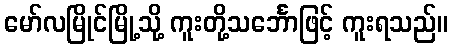
မော်လမြိုင်မြို့သို့ ကူးတို့သင်္ဘောဖြင့် ကူးရသည်။